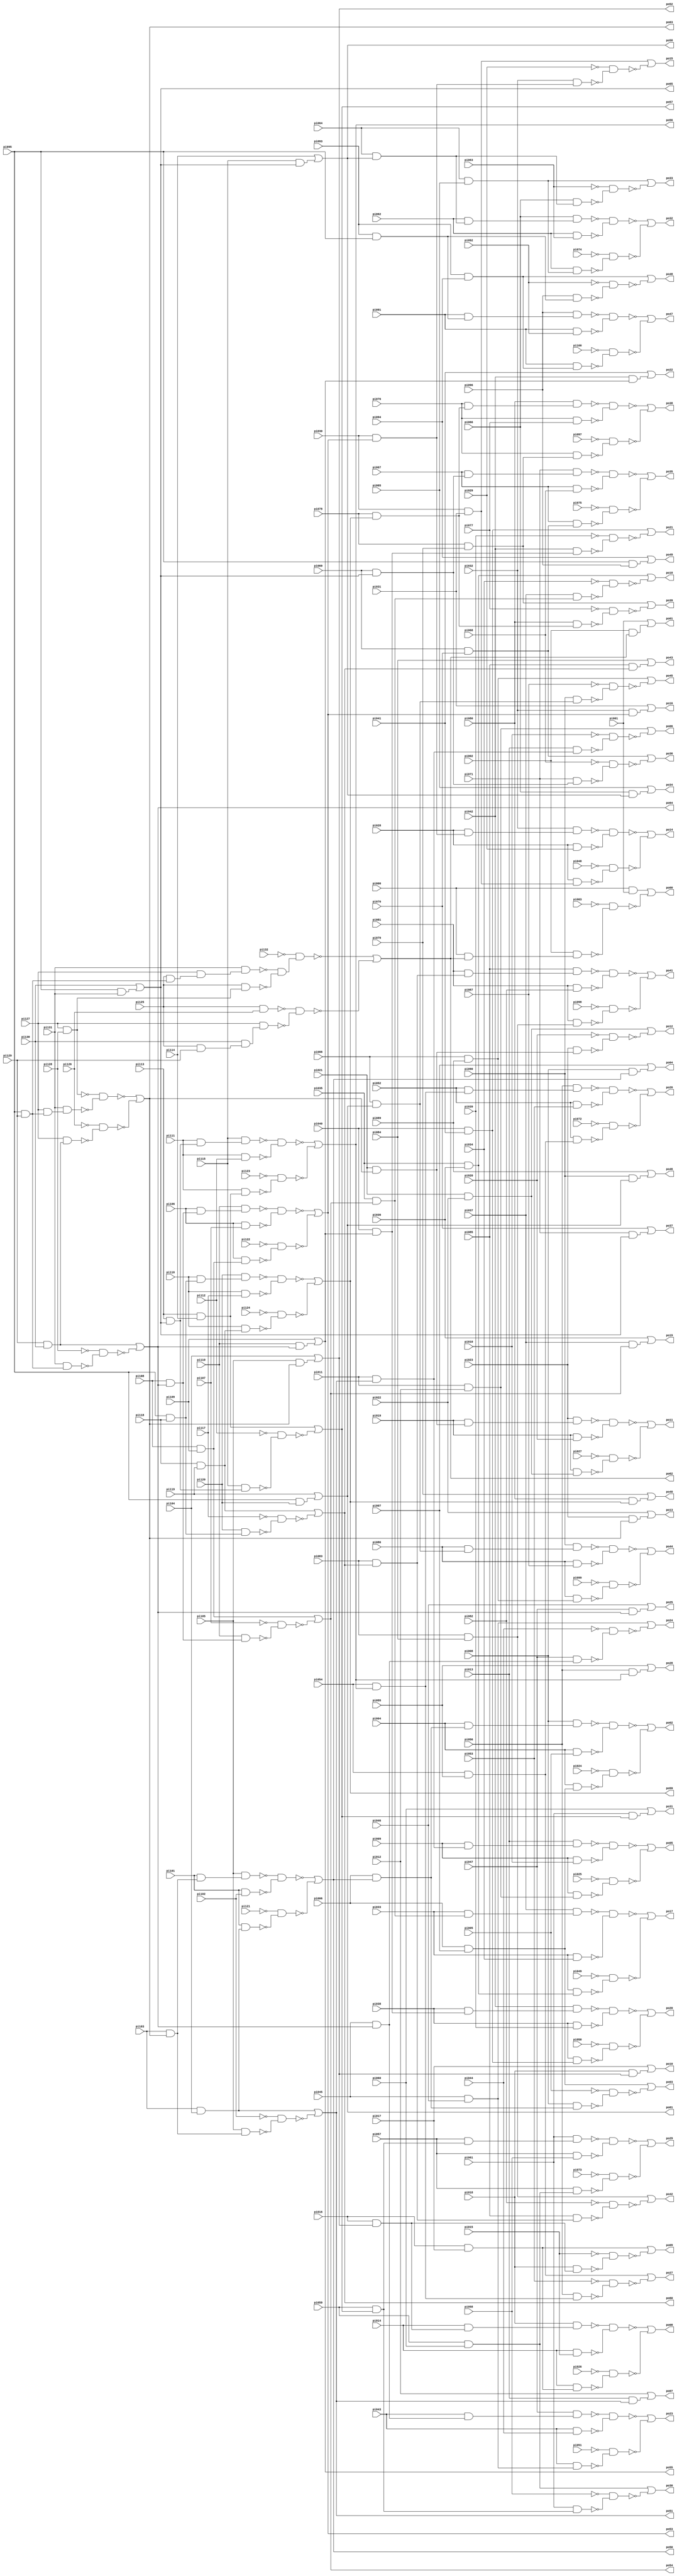
// Benchmark "i5" written by ABC on Sun Apr 22 21:43:04 2018

module i5 ( 
    pi000, pi001, pi002, pi003, pi004, pi005, pi006, pi007, pi008, pi009,
    pi010, pi011, pi012, pi013, pi014, pi015, pi016, pi017, pi018, pi019,
    pi020, pi021, pi022, pi023, pi024, pi025, pi026, pi027, pi028, pi029,
    pi030, pi031, pi032, pi033, pi034, pi035, pi036, pi037, pi038, pi039,
    pi040, pi041, pi042, pi043, pi044, pi045, pi046, pi047, pi048, pi049,
    pi050, pi051, pi052, pi053, pi054, pi055, pi056, pi057, pi058, pi059,
    pi060, pi061, pi062, pi063, pi064, pi065, pi066, pi067, pi068, pi069,
    pi070, pi071, pi072, pi073, pi074, pi075, pi076, pi077, pi078, pi079,
    pi080, pi081, pi082, pi083, pi084, pi085, pi086, pi087, pi088, pi089,
    pi090, pi091, pi092, pi093, pi094, pi095, pi096, pi097, pi098, pi099,
    pi100, pi101, pi102, pi103, pi104, pi105, pi106, pi107, pi108, pi109,
    pi110, pi111, pi112, pi113, pi114, pi115, pi116, pi117, pi118, pi119,
    pi120, pi121, pi122, pi123, pi124, pi125, pi126, pi127, pi128, pi129,
    pi130, pi131, pi132,
    po00, po01, po02, po03, po04, po05, po06, po07, po08, po09, po10, po11,
    po12, po13, po14, po15, po16, po17, po18, po19, po20, po21, po22, po23,
    po24, po25, po26, po27, po28, po29, po30, po31, po32, po33, po34, po35,
    po36, po37, po38, po39, po40, po41, po42, po43, po44, po45, po46, po47,
    po48, po49, po50, po51, po52, po53, po54, po55, po56, po57, po58, po59,
    po60, po61, po62, po63, po64, po65  );
  input  pi000, pi001, pi002, pi003, pi004, pi005, pi006, pi007, pi008,
    pi009, pi010, pi011, pi012, pi013, pi014, pi015, pi016, pi017, pi018,
    pi019, pi020, pi021, pi022, pi023, pi024, pi025, pi026, pi027, pi028,
    pi029, pi030, pi031, pi032, pi033, pi034, pi035, pi036, pi037, pi038,
    pi039, pi040, pi041, pi042, pi043, pi044, pi045, pi046, pi047, pi048,
    pi049, pi050, pi051, pi052, pi053, pi054, pi055, pi056, pi057, pi058,
    pi059, pi060, pi061, pi062, pi063, pi064, pi065, pi066, pi067, pi068,
    pi069, pi070, pi071, pi072, pi073, pi074, pi075, pi076, pi077, pi078,
    pi079, pi080, pi081, pi082, pi083, pi084, pi085, pi086, pi087, pi088,
    pi089, pi090, pi091, pi092, pi093, pi094, pi095, pi096, pi097, pi098,
    pi099, pi100, pi101, pi102, pi103, pi104, pi105, pi106, pi107, pi108,
    pi109, pi110, pi111, pi112, pi113, pi114, pi115, pi116, pi117, pi118,
    pi119, pi120, pi121, pi122, pi123, pi124, pi125, pi126, pi127, pi128,
    pi129, pi130, pi131, pi132;
  output po00, po01, po02, po03, po04, po05, po06, po07, po08, po09, po10,
    po11, po12, po13, po14, po15, po16, po17, po18, po19, po20, po21, po22,
    po23, po24, po25, po26, po27, po28, po29, po30, po31, po32, po33, po34,
    po35, po36, po37, po38, po39, po40, po41, po42, po43, po44, po45, po46,
    po47, po48, po49, po50, po51, po52, po53, po54, po55, po56, po57, po58,
    po59, po60, po61, po62, po63, po64, po65;
  wire n200, n201, n202, n203, n204, n205, n206, n207, n208, n209, n210,
    n211, n212, n214, n215, n216, n217, n219, n221, n222, n223, n224, n225,
    n226, n228, n229, n230, n231, n232, n233, n234, n235, n237, n238, n239,
    n240, n241, n242, n243, n244, n246, n247, n249, n251, n252, n254, n255,
    n256, n257, n258, n259, n260, n261, n263, n264, n266, n268, n270, n271,
    n272, n273, n274, n275, n276, n277, n279, n280, n282, n284, n285, n286,
    n287, n288, n289, n290, n291, n293, n294, n296, n298, n299, n301, n302,
    n303, n304, n305, n306, n307, n308, n310, n311, n312, n313, n314, n315,
    n316, n317, n319, n320, n322, n324, n325, n327, n328, n329, n330, n331,
    n332, n333, n334, n336, n337, n339, n341, n343, n344, n345, n346, n347,
    n348, n349, n350, n352, n353, n355, n357, n358, n359, n360, n361, n362,
    n363, n364, n366, n367, n369, n371, n373, n374, n375, n376, n377, n378,
    n379, n380, n382, n383, n384, n385, n386, n387, n388, n389, n391, n392,
    n394, n396, n397, n399, n400, n401, n402, n403, n404, n405, n406, n408,
    n409, n411, n413, n415, n416, n417, n418, n419, n420, n421, n422, n424,
    n425, n427, n429, n430, n431, n432, n433, n434, n435, n436, n438, n439,
    n441, n443, n444, n445, n446, n447, n448, n449, n450, n452, n453, n454,
    n455, n456, n457, n458, n459, n461, n462, n464, n466, n467, n469, n470,
    n471, n472, n473, n474, n475, n476, n478, n479, n481, n483, n485, n486,
    n487, n488, n489, n490, n491, n492, n494, n495, n497, n499, n500, n501,
    n502, n503, n504, n505, n506, n508, n509, n511;
  assign n200 = pi095 & pi129;
  assign n201 = pi125 & n200;
  assign n202 = pi127 & n201;
  assign n203 = pi131 & n202;
  assign n204 = pi127 & pi128;
  assign n205 = pi125 & n204;
  assign n206 = pi125 & pi126;
  assign n207 = pi125 & pi129;
  assign n208 = pi130 & n207;
  assign n209 = pi127 & n208;
  assign n210 = ~n203 & ~n205;
  assign n211 = ~pi132 & n210;
  assign n212 = ~n206 & ~n209;
  assign po62 = ~n211 | ~n212;
  assign n214 = pi000 & po62;
  assign n215 = pi002 & n214;
  assign n216 = pi000 & pi001;
  assign n217 = ~pi003 & ~n215;
  assign po00 = n216 | ~n217;
  assign n219 = pi002 & po62;
  assign po01 = pi001 | n219;
  assign n221 = pi127 & n200;
  assign n222 = pi131 & n221;
  assign n223 = pi129 & pi130;
  assign n224 = pi127 & n223;
  assign n225 = ~n204 & ~n222;
  assign n226 = ~pi126 & ~n224;
  assign po63 = ~n225 | ~n226;
  assign n228 = pi103 & po63;
  assign n229 = pi101 & n228;
  assign n230 = pi105 & n229;
  assign n231 = pi101 & pi102;
  assign n232 = pi103 & pi104;
  assign n233 = pi101 & n232;
  assign n234 = ~n230 & ~n231;
  assign n235 = ~pi121 & ~n233;
  assign po50 = ~n234 | ~n235;
  assign n237 = pi006 & po50;
  assign n238 = pi004 & n237;
  assign n239 = pi008 & n238;
  assign n240 = pi004 & pi005;
  assign n241 = pi006 & pi007;
  assign n242 = pi004 & n241;
  assign n243 = ~n239 & ~n240;
  assign n244 = ~pi024 & ~n242;
  assign po02 = ~n243 | ~n244;
  assign n246 = pi008 & n237;
  assign n247 = ~pi005 & ~n246;
  assign po03 = n241 | ~n247;
  assign n249 = pi008 & po50;
  assign po04 = pi007 | n249;
  assign n251 = pi105 & n228;
  assign n252 = ~pi102 & ~n251;
  assign po51 = n232 | ~n252;
  assign n254 = pi011 & po51;
  assign n255 = pi009 & n254;
  assign n256 = pi013 & n255;
  assign n257 = pi009 & pi010;
  assign n258 = pi011 & pi012;
  assign n259 = pi009 & n258;
  assign n260 = ~n256 & ~n257;
  assign n261 = ~pi025 & ~n259;
  assign po05 = ~n260 | ~n261;
  assign n263 = pi013 & n254;
  assign n264 = ~pi010 & ~n263;
  assign po06 = n258 | ~n264;
  assign n266 = pi013 & po51;
  assign po07 = pi012 | n266;
  assign n268 = pi105 & po63;
  assign po52 = pi104 | n268;
  assign n270 = pi016 & po52;
  assign n271 = pi014 & n270;
  assign n272 = pi018 & n271;
  assign n273 = pi014 & pi015;
  assign n274 = pi016 & pi017;
  assign n275 = pi014 & n274;
  assign n276 = ~n272 & ~n273;
  assign n277 = ~pi026 & ~n275;
  assign po08 = ~n276 | ~n277;
  assign n279 = pi018 & n270;
  assign n280 = ~pi015 & ~n279;
  assign po09 = n274 | ~n280;
  assign n282 = pi018 & po52;
  assign po10 = pi017 | n282;
  assign n284 = pi021 & po63;
  assign n285 = pi019 & n284;
  assign n286 = pi023 & n285;
  assign n287 = pi019 & pi020;
  assign n288 = pi021 & pi022;
  assign n289 = pi019 & n288;
  assign n290 = ~n286 & ~n287;
  assign n291 = ~pi027 & ~n289;
  assign po11 = ~n290 | ~n291;
  assign n293 = pi023 & n284;
  assign n294 = ~pi020 & ~n293;
  assign po12 = n288 | ~n294;
  assign n296 = pi023 & po63;
  assign po13 = pi022 | n296;
  assign n298 = pi131 & n200;
  assign n299 = ~pi128 & ~n298;
  assign po64 = n223 | ~n299;
  assign n301 = pi108 & po64;
  assign n302 = pi106 & n301;
  assign n303 = pi110 & n302;
  assign n304 = pi106 & pi107;
  assign n305 = pi108 & pi109;
  assign n306 = pi106 & n305;
  assign n307 = ~n303 & ~n304;
  assign n308 = ~pi122 & ~n306;
  assign po53 = ~n307 | ~n308;
  assign n310 = pi030 & po53;
  assign n311 = pi028 & n310;
  assign n312 = pi032 & n311;
  assign n313 = pi028 & pi029;
  assign n314 = pi030 & pi031;
  assign n315 = pi028 & n314;
  assign n316 = ~n312 & ~n313;
  assign n317 = ~pi048 & ~n315;
  assign po14 = ~n316 | ~n317;
  assign n319 = pi032 & n310;
  assign n320 = ~pi029 & ~n319;
  assign po15 = n314 | ~n320;
  assign n322 = pi032 & po53;
  assign po16 = pi031 | n322;
  assign n324 = pi110 & n301;
  assign n325 = ~pi107 & ~n324;
  assign po54 = n305 | ~n325;
  assign n327 = pi035 & po54;
  assign n328 = pi033 & n327;
  assign n329 = pi037 & n328;
  assign n330 = pi033 & pi034;
  assign n331 = pi035 & pi036;
  assign n332 = pi033 & n331;
  assign n333 = ~n329 & ~n330;
  assign n334 = ~pi049 & ~n332;
  assign po17 = ~n333 | ~n334;
  assign n336 = pi037 & n327;
  assign n337 = ~pi034 & ~n336;
  assign po18 = n331 | ~n337;
  assign n339 = pi037 & po54;
  assign po19 = pi036 | n339;
  assign n341 = pi110 & po64;
  assign po55 = pi109 | n341;
  assign n343 = pi040 & po55;
  assign n344 = pi038 & n343;
  assign n345 = pi042 & n344;
  assign n346 = pi038 & pi039;
  assign n347 = pi040 & pi041;
  assign n348 = pi038 & n347;
  assign n349 = ~n345 & ~n346;
  assign n350 = ~pi050 & ~n348;
  assign po20 = ~n349 | ~n350;
  assign n352 = pi042 & n343;
  assign n353 = ~pi039 & ~n352;
  assign po21 = n347 | ~n353;
  assign n355 = pi042 & po55;
  assign po22 = pi041 | n355;
  assign n357 = pi045 & po64;
  assign n358 = pi043 & n357;
  assign n359 = pi047 & n358;
  assign n360 = pi043 & pi044;
  assign n361 = pi045 & pi046;
  assign n362 = pi043 & n361;
  assign n363 = ~n359 & ~n360;
  assign n364 = ~pi051 & ~n362;
  assign po23 = ~n363 | ~n364;
  assign n366 = pi047 & n357;
  assign n367 = ~pi044 & ~n366;
  assign po24 = n361 | ~n367;
  assign n369 = pi047 & po64;
  assign po25 = pi046 | n369;
  assign n371 = pi095 & pi131;
  assign po65 = pi130 | n371;
  assign n373 = pi113 & po65;
  assign n374 = pi111 & n373;
  assign n375 = pi115 & n374;
  assign n376 = pi111 & pi112;
  assign n377 = pi113 & pi114;
  assign n378 = pi111 & n377;
  assign n379 = ~n375 & ~n376;
  assign n380 = ~pi123 & ~n378;
  assign po56 = ~n379 | ~n380;
  assign n382 = pi054 & po56;
  assign n383 = pi052 & n382;
  assign n384 = pi056 & n383;
  assign n385 = pi052 & pi053;
  assign n386 = pi054 & pi055;
  assign n387 = pi052 & n386;
  assign n388 = ~n384 & ~n385;
  assign n389 = ~pi072 & ~n387;
  assign po26 = ~n388 | ~n389;
  assign n391 = pi056 & n382;
  assign n392 = ~pi053 & ~n391;
  assign po27 = n386 | ~n392;
  assign n394 = pi056 & po56;
  assign po28 = pi055 | n394;
  assign n396 = pi115 & n373;
  assign n397 = ~pi112 & ~n396;
  assign po57 = n377 | ~n397;
  assign n399 = pi059 & po57;
  assign n400 = pi057 & n399;
  assign n401 = pi061 & n400;
  assign n402 = pi057 & pi058;
  assign n403 = pi059 & pi060;
  assign n404 = pi057 & n403;
  assign n405 = ~n401 & ~n402;
  assign n406 = ~pi073 & ~n404;
  assign po29 = ~n405 | ~n406;
  assign n408 = pi061 & n399;
  assign n409 = ~pi058 & ~n408;
  assign po30 = n403 | ~n409;
  assign n411 = pi061 & po57;
  assign po31 = pi060 | n411;
  assign n413 = pi115 & po65;
  assign po58 = pi114 | n413;
  assign n415 = pi064 & po58;
  assign n416 = pi062 & n415;
  assign n417 = pi066 & n416;
  assign n418 = pi062 & pi063;
  assign n419 = pi064 & pi065;
  assign n420 = pi062 & n419;
  assign n421 = ~n417 & ~n418;
  assign n422 = ~pi074 & ~n420;
  assign po32 = ~n421 | ~n422;
  assign n424 = pi066 & n415;
  assign n425 = ~pi063 & ~n424;
  assign po33 = n419 | ~n425;
  assign n427 = pi066 & po58;
  assign po34 = pi065 | n427;
  assign n429 = pi069 & po65;
  assign n430 = pi067 & n429;
  assign n431 = pi071 & n430;
  assign n432 = pi067 & pi068;
  assign n433 = pi069 & pi070;
  assign n434 = pi067 & n433;
  assign n435 = ~n431 & ~n432;
  assign n436 = ~pi075 & ~n434;
  assign po35 = ~n435 | ~n436;
  assign n438 = pi071 & n429;
  assign n439 = ~pi068 & ~n438;
  assign po36 = n433 | ~n439;
  assign n441 = pi071 & po65;
  assign po37 = pi070 | n441;
  assign n443 = pi095 & pi118;
  assign n444 = pi116 & n443;
  assign n445 = pi120 & n444;
  assign n446 = pi116 & pi117;
  assign n447 = pi118 & pi119;
  assign n448 = pi116 & n447;
  assign n449 = ~n445 & ~n446;
  assign n450 = ~pi124 & ~n448;
  assign po59 = ~n449 | ~n450;
  assign n452 = pi078 & po59;
  assign n453 = pi076 & n452;
  assign n454 = pi080 & n453;
  assign n455 = pi076 & pi077;
  assign n456 = pi078 & pi079;
  assign n457 = pi076 & n456;
  assign n458 = ~n454 & ~n455;
  assign n459 = ~pi097 & ~n457;
  assign po38 = ~n458 | ~n459;
  assign n461 = pi080 & n452;
  assign n462 = ~pi077 & ~n461;
  assign po39 = n456 | ~n462;
  assign n464 = pi080 & po59;
  assign po40 = pi079 | n464;
  assign n466 = pi120 & n443;
  assign n467 = ~pi117 & ~n466;
  assign po60 = n447 | ~n467;
  assign n469 = pi083 & po60;
  assign n470 = pi081 & n469;
  assign n471 = pi085 & n470;
  assign n472 = pi081 & pi082;
  assign n473 = pi083 & pi084;
  assign n474 = pi081 & n473;
  assign n475 = ~n471 & ~n472;
  assign n476 = ~pi098 & ~n474;
  assign po41 = ~n475 | ~n476;
  assign n478 = pi085 & n469;
  assign n479 = ~pi082 & ~n478;
  assign po42 = n473 | ~n479;
  assign n481 = pi085 & po60;
  assign po43 = pi084 | n481;
  assign n483 = pi095 & pi120;
  assign po61 = pi119 | n483;
  assign n485 = pi088 & po61;
  assign n486 = pi086 & n485;
  assign n487 = pi090 & n486;
  assign n488 = pi086 & pi087;
  assign n489 = pi088 & pi089;
  assign n490 = pi086 & n489;
  assign n491 = ~n487 & ~n488;
  assign n492 = ~pi099 & ~n490;
  assign po44 = ~n491 | ~n492;
  assign n494 = pi090 & n485;
  assign n495 = ~pi087 & ~n494;
  assign po45 = n489 | ~n495;
  assign n497 = pi090 & po61;
  assign po46 = pi089 | n497;
  assign n499 = pi093 & pi095;
  assign n500 = pi091 & n499;
  assign n501 = pi096 & n500;
  assign n502 = pi091 & pi092;
  assign n503 = pi093 & pi094;
  assign n504 = pi091 & n503;
  assign n505 = ~n501 & ~n502;
  assign n506 = ~pi100 & ~n504;
  assign po47 = ~n505 | ~n506;
  assign n508 = pi096 & n499;
  assign n509 = ~pi092 & ~n508;
  assign po48 = n503 | ~n509;
  assign n511 = pi095 & pi096;
  assign po49 = pi094 | n511;
endmodule